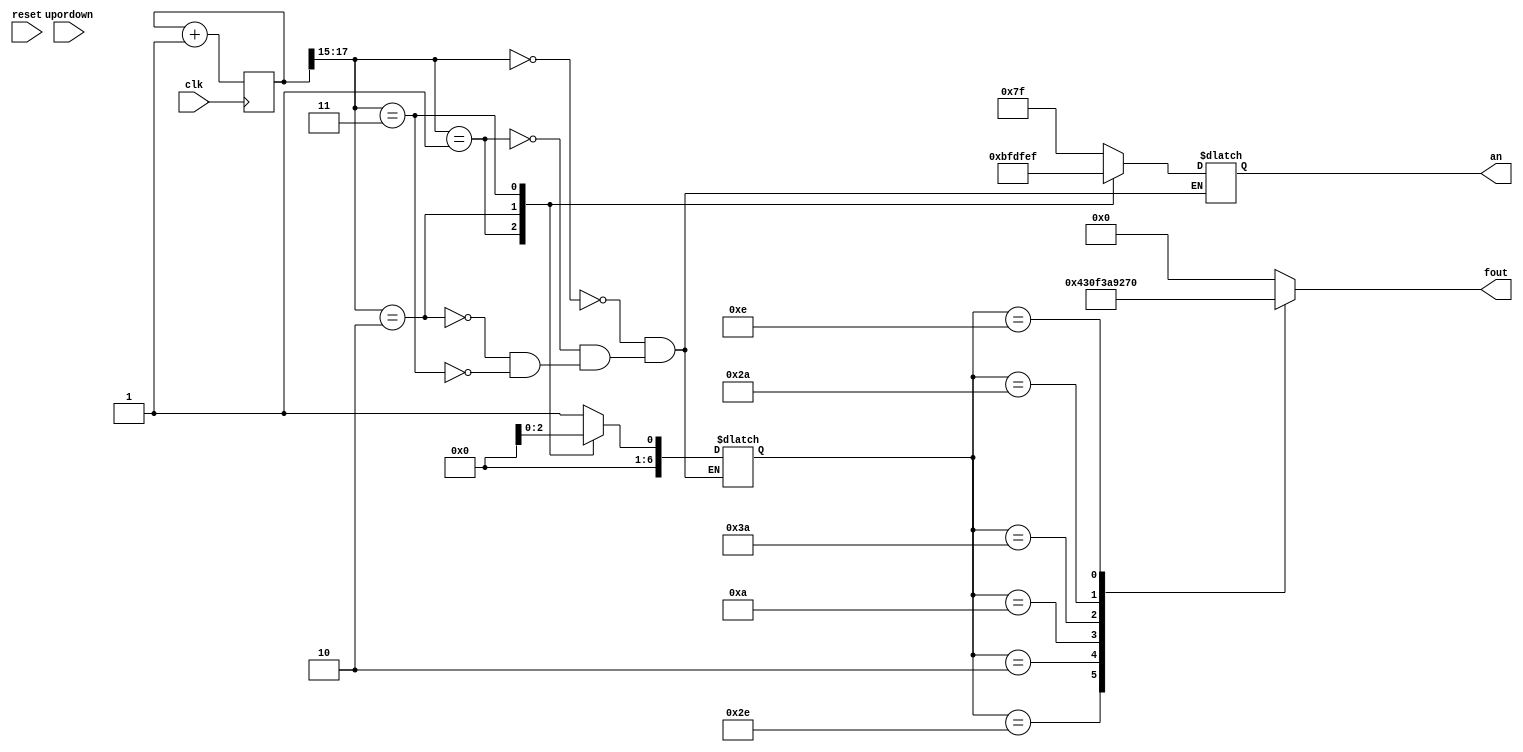
module segment(
    output [6:0] fout,
    output [7:0] an,
    input clk,
    input reset,
    input upordown
    );
    
    reg [6:0] fout;
    reg [7:0] an;
    reg [3:0] ones; 
    reg [3:0] tens; 
    reg [32:0] timer; 
    
    reg newclk;

always @ (*)
begin
	if (timer == 32'd25000000)
	begin
		newclk <= 1;
		timer <= 0;
	
	end
	else
	begin
		timer <= timer+1;
		newclk <= 0;
	end
end

    
    
    always @(posedge newclk or posedge reset)
    begin
    
        if (reset)
        begin
            ones <= 0;
            tens <= 0;
        end
        else if (upordown == 1)
        begin
            if (ones == 4'b1001) //clear after 9
            begin
                if (tens == 4'b1001)
                begin
                    tens <= 0;
                    ones <= 0;
                end
                else
                begin
                tens <= tens +1;
                ones <= 0;
                end
            end
            else
            begin
                ones <= ones + 1;
            end
        end
        else if (upordown == 0)
        begin
            if (ones == 4'b0000)
            begin
                if (tens == 4'b0000)
                begin
                    ones <= 4'b1001;
                    tens <= 4'b1001;
                end
                else
                begin
                    tens <= tens - 1;
                    ones <= 4'b1001;
                end
            end
           else
           begin
               ones <= ones - 1;
           end
        end
    
    end
    
    
//output display
//inputs: morse1, morse2, morse3, morse4, morse5
//decodes and outputs on 7sed display
    reg [17:0] count;
always @ (posedge clk) //this will use clk since it needs to go through each an
begin //really quickly as if all lights are on
count <= count + 1;
end


//outputting to 7seg to each letter
reg [6:0] sseg;
always @ (*)
begin
case(count[17:15]) //using MSBs so it takes longer to count
2'b000 :
begin
sseg = morse1; //this outputs 1st letter
an = 8'b01111111;
end
2'b001 :
begin
sseg = morse2; //this outputs 2nd letter
an = 8'b10111111;
end
2'b010 :
begin
sseg = morse3; //this outputs 3rd letter
an = 8'b11011111;
end
2'b011 :
begin
sseg = morse4; //this outputs 4th letter
an = 8'b11101111;
end
2'b100 :
begin
sseg = morse5; //this outputs 5th letter
an = 8'b11110111;
end
2'b101 :
begin
sseg = morse5; //this outputs no value
an = 8'b11111111;
end
2'b110 :
begin
sseg = morse5; //this outputs no value
an = 8'b11111111;
end
2'b111 :
begin
sseg = morse5; //this outputs no value
an = 8'b11111111;
end

endcase
end

    
    
    //decoder and outputs to 7seg
    always @(*)
    begin
    
    fout = 0;
         case (sseg)
            16'b0000000000101110 : fout = 7'h08; //a
            16'b0000001110101010 : fout = 7'h60; //b
            16'b0000111010111010 : fout = 7'h31; //c
            16'b0000000011101010 : fout = 7'h42; //d
            16'b0000000000000010 : fout = 7'h30; //e
            16'b0000001010111010 : fout = 7'h38; //f
            16'b0000001110111010 : fout = 7'h04; //g
            16'b0000000010101010 : fout = 7'h48; //h
            16'b0000000000001010 : fout = 7'h79; //i
            16'b0010111011101110 : fout = 7'h47; //j
            //16'b0000001110101110 : fout = 7'h1C; //k
            16'b0000001011101010 : fout = 7'h71; //l
            //16'b0000000011101110 : fout = 7'h01; //m
            16'b0000000000111010 : fout = 7'h6A; //n
            16'b0000111011101110 : fout = 7'h62; //o
            16'b0000001011101110 : fout = 7'h18; //p
            //16'b0011101110101110 : fout = 7'h0C; //q
            16'b0000000010111010 : fout = 7'h7A; //r
            16'b0000000000101010 : fout = 7'h24; //s
            16'b0000000000001110 : fout = 7'h70; //t
            16'b0000000010101110 : fout = 7'h41; //u
            //16'b0000001010101110 : fout = 7'h01; //v
            //16'b0000001011101110 : fout = 7'h01; //w
            //16'b0000111010101110 : fout = 7'h01; //x
            16'b0011101011101110 : fout = 7'h44; //y
            //16'b0000111011101010 : fout = 7'h01; //z

        endcase
    
    end

       
        
             
    
    
    
    
endmodule